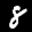
Label: 8